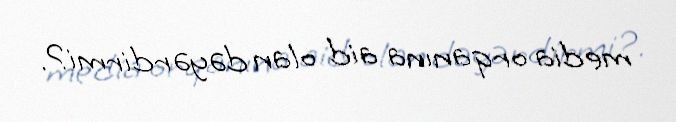
media orqanına aid olan dəyərdirmi?.